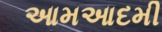
આમઆદમી